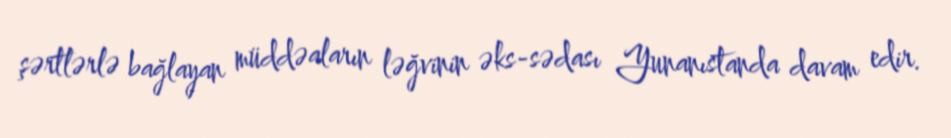
şərtlərlə bağlayan müddəaların ləğvinin əks-sədası Yunanıstanda davam edir.